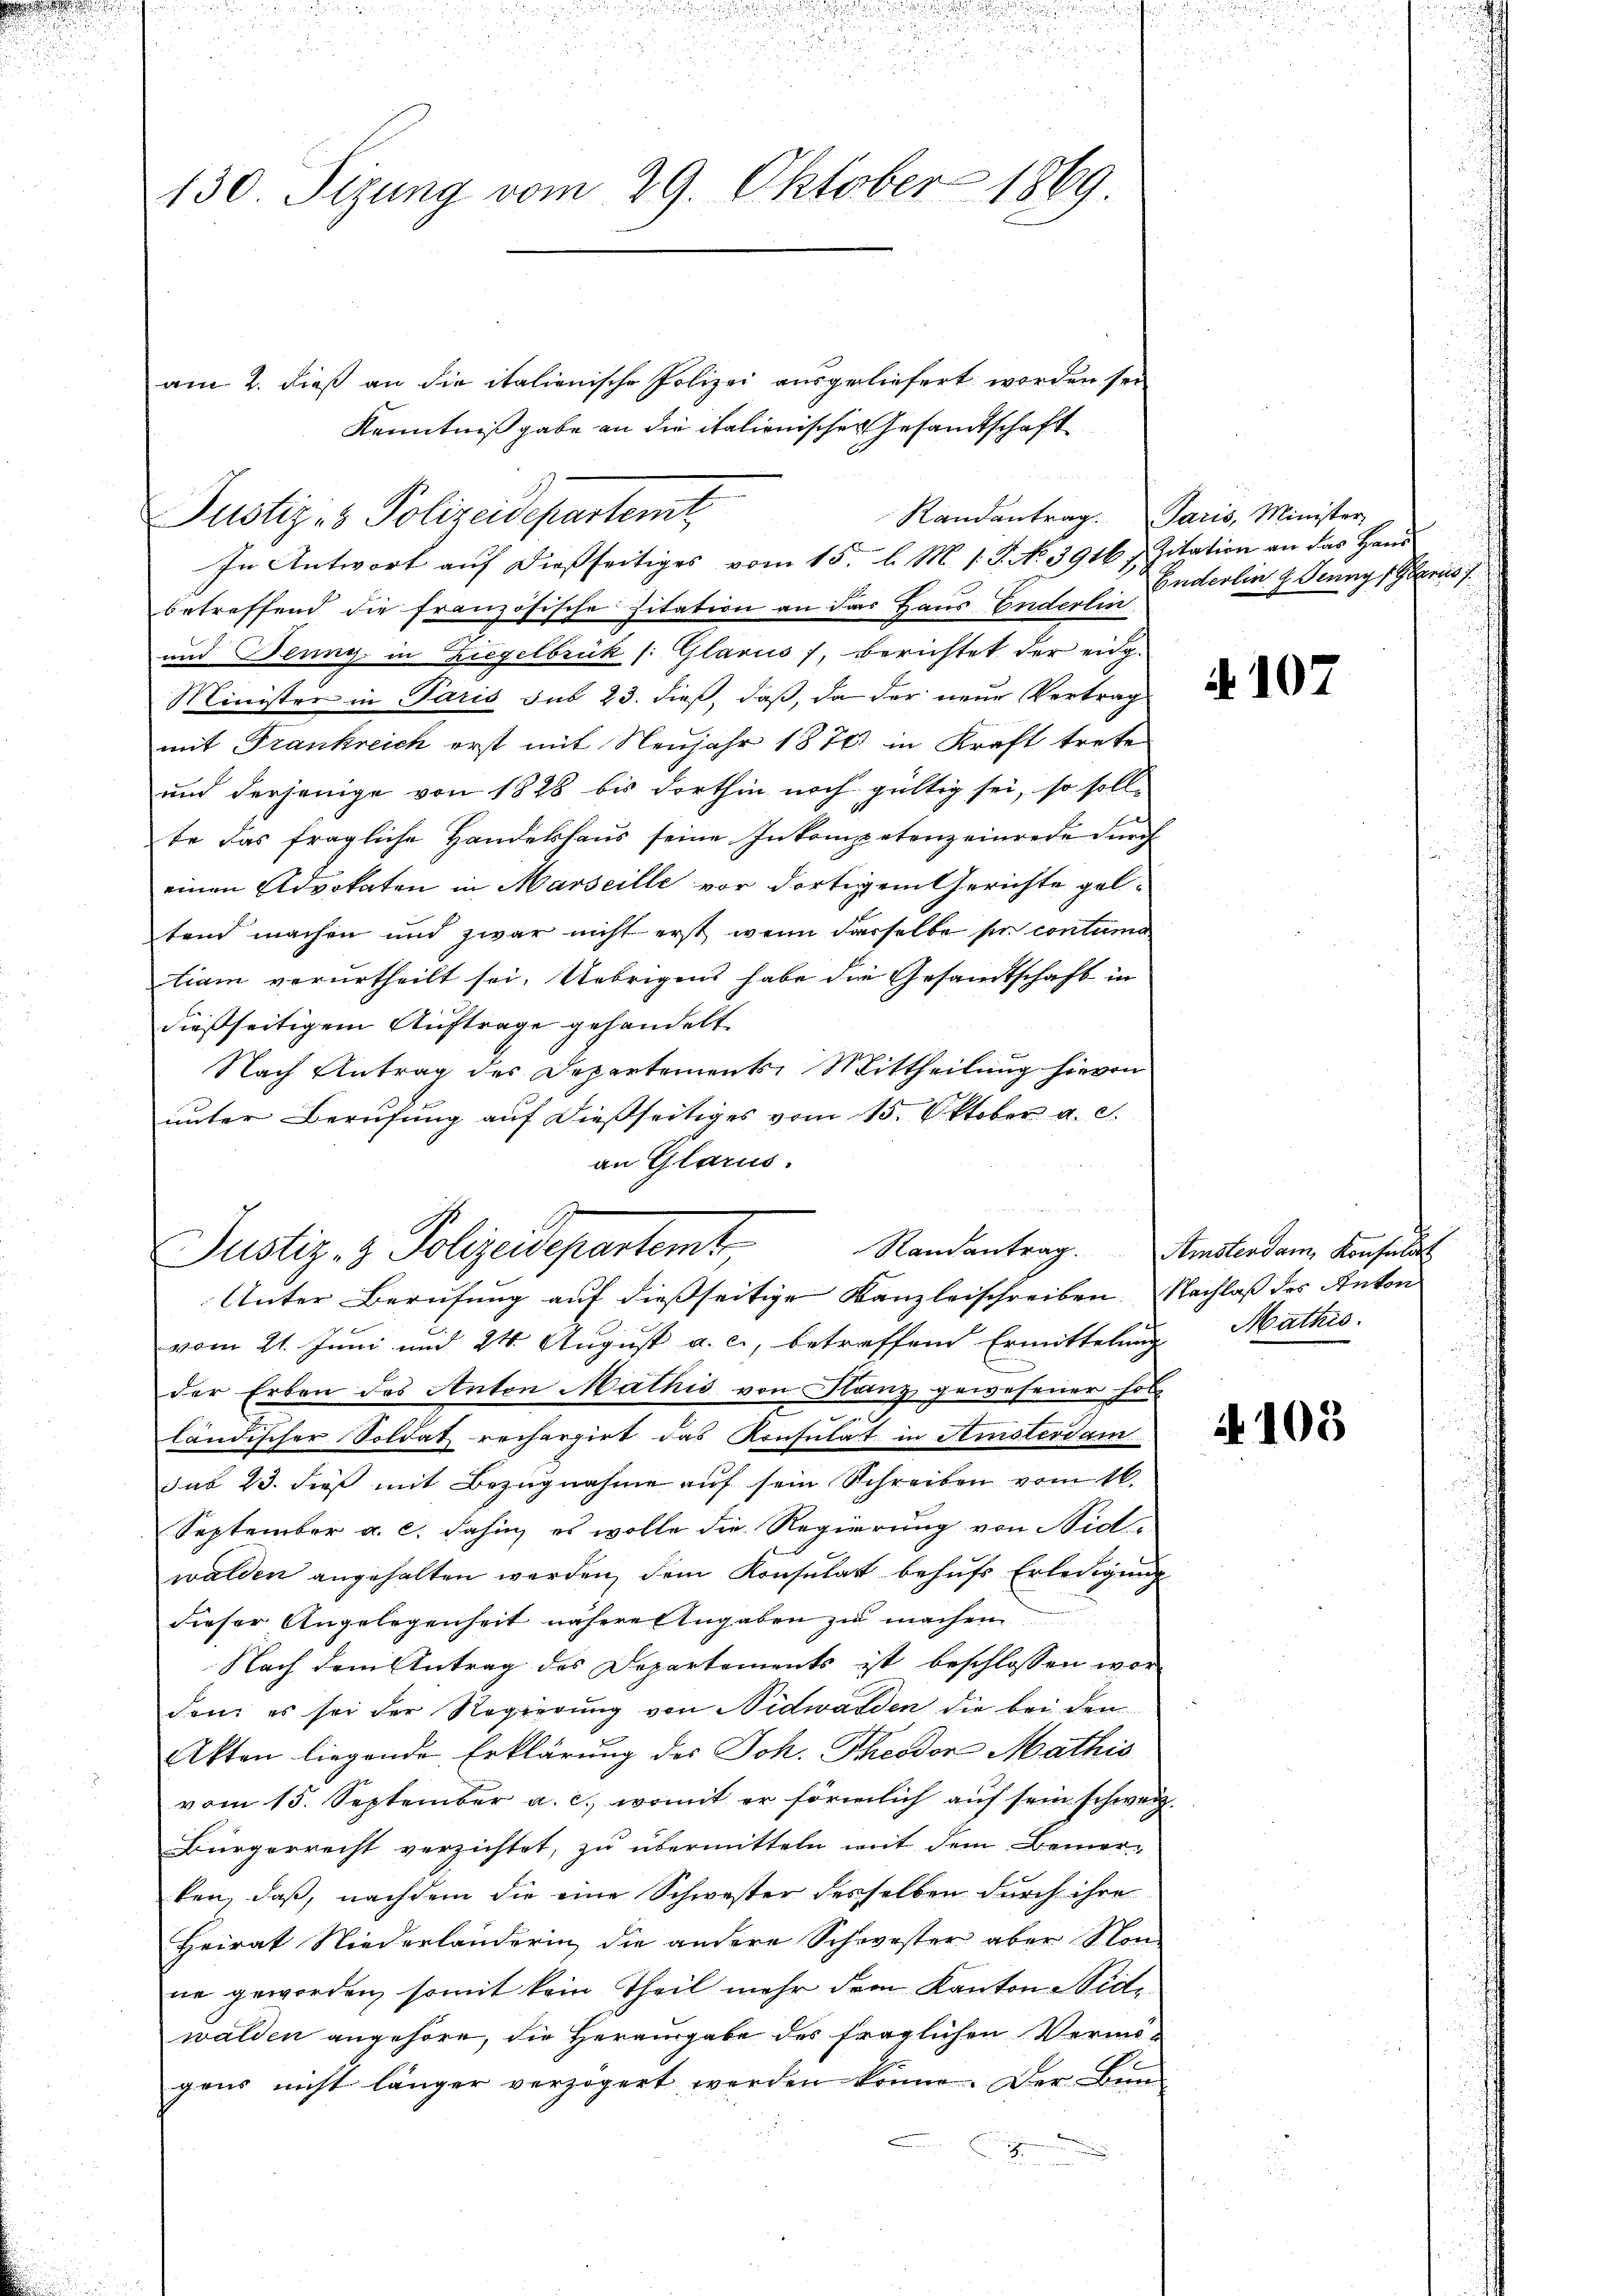
130. Sizung vom 29. Oktober 1869

Randantrag. Paris, Minister
Justiz- & Polizeidepartemt,
In Antwort aŭf dießseitiges vom 15. d. M. 1. J. No 3916, Zitation an das Hand

am 2. dieß an die italienische Polizei ausgeliefert worden sei
Kenntniß gabe an die italienischer Gesamtschaft

betreffend die französische Zitation an das Haus Enderlin
und Beung in Ziegelbrück (: Glarus, berichtet der eidg.
Minister in Paris sub 23. dieß, daß, da der neue Vertrag
mit Frankreich erst mit Neujahr 1874 in Kraft trete
und derjenige von 1828 bis dorthin noch gültig sei, so soll-
te das fragliche Handelshaus seine Inkompetenz einrede durch
einen Advokaten in Marseille vor dortigem Gerichte geltend machen und zwar nicht erst wenn derselbe per contuma
tiam verurtheilt sei. Uebrigens habe die Gesandtschaft in
dießseitigem Auftrage gehandelt.
Nach Antrag des Departements Mittheilung hievon
unter Berufung auf dießseitiges vom 15. Oktober a. c.
an Glarus.

Justiz- & Polizeidepartemt
Unter Berufung auf dießseitige Kanzleischreiben Nachlaß des Anton

vom 21. Juni und 24. August a. c., betreffend Ermittelung Mathis
der Erben des Anton Mathis von Glanz gewesener hol

ländischer Soldat rechargirt das Konsulat in Amsterdam
sub 23. dieß mit Bezugnahme auf sein Schreiben vom 16.
September a. c. dahin, es wolle die Regierung von Nidwalden angehalten werden, dem Konsulatt behufs Erledigung
dieser Angelegenheit nähere Eingaben zu machen
Nach dem Antrag des Departements ist beschlossen wor-
den es sei der Regierung von Nidwalden die bei den
Akten liegende Erklärung des Joh. Theodor Mathis
vom 15. September a. c., womit er förmlich auf sein schweiz.
Bürgerrecht verzichtet, zu übermitteln mit dem Bemer-
ken, daß, nachdem die eine Schwester desselben durch ihre
Heirat Niederlanderin, die andere Schwester aber Son
ne geworden, somit kein Theil mehr dem Kanton Nidwalden angehöre, die Herausgabe des fraglichen Vermögens nicht länger verzögert werden könne. Der Bun
e

Enderlin 7. Jennys Gruss

107

Randantrag. Amsterdam Konsulat

4105